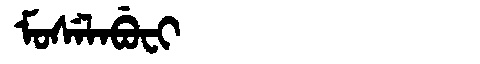
Manchu: ᠮᠣᠰᡝᠯᠠᠪᡠᠸᡳ
Romanization: MOSELABUFI